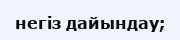
негіз дайындау;